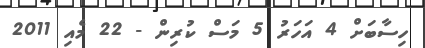
ހިސާބަށް 4 އަހަރު 5 މަސް ކުރިން - 22 މެއި 2011